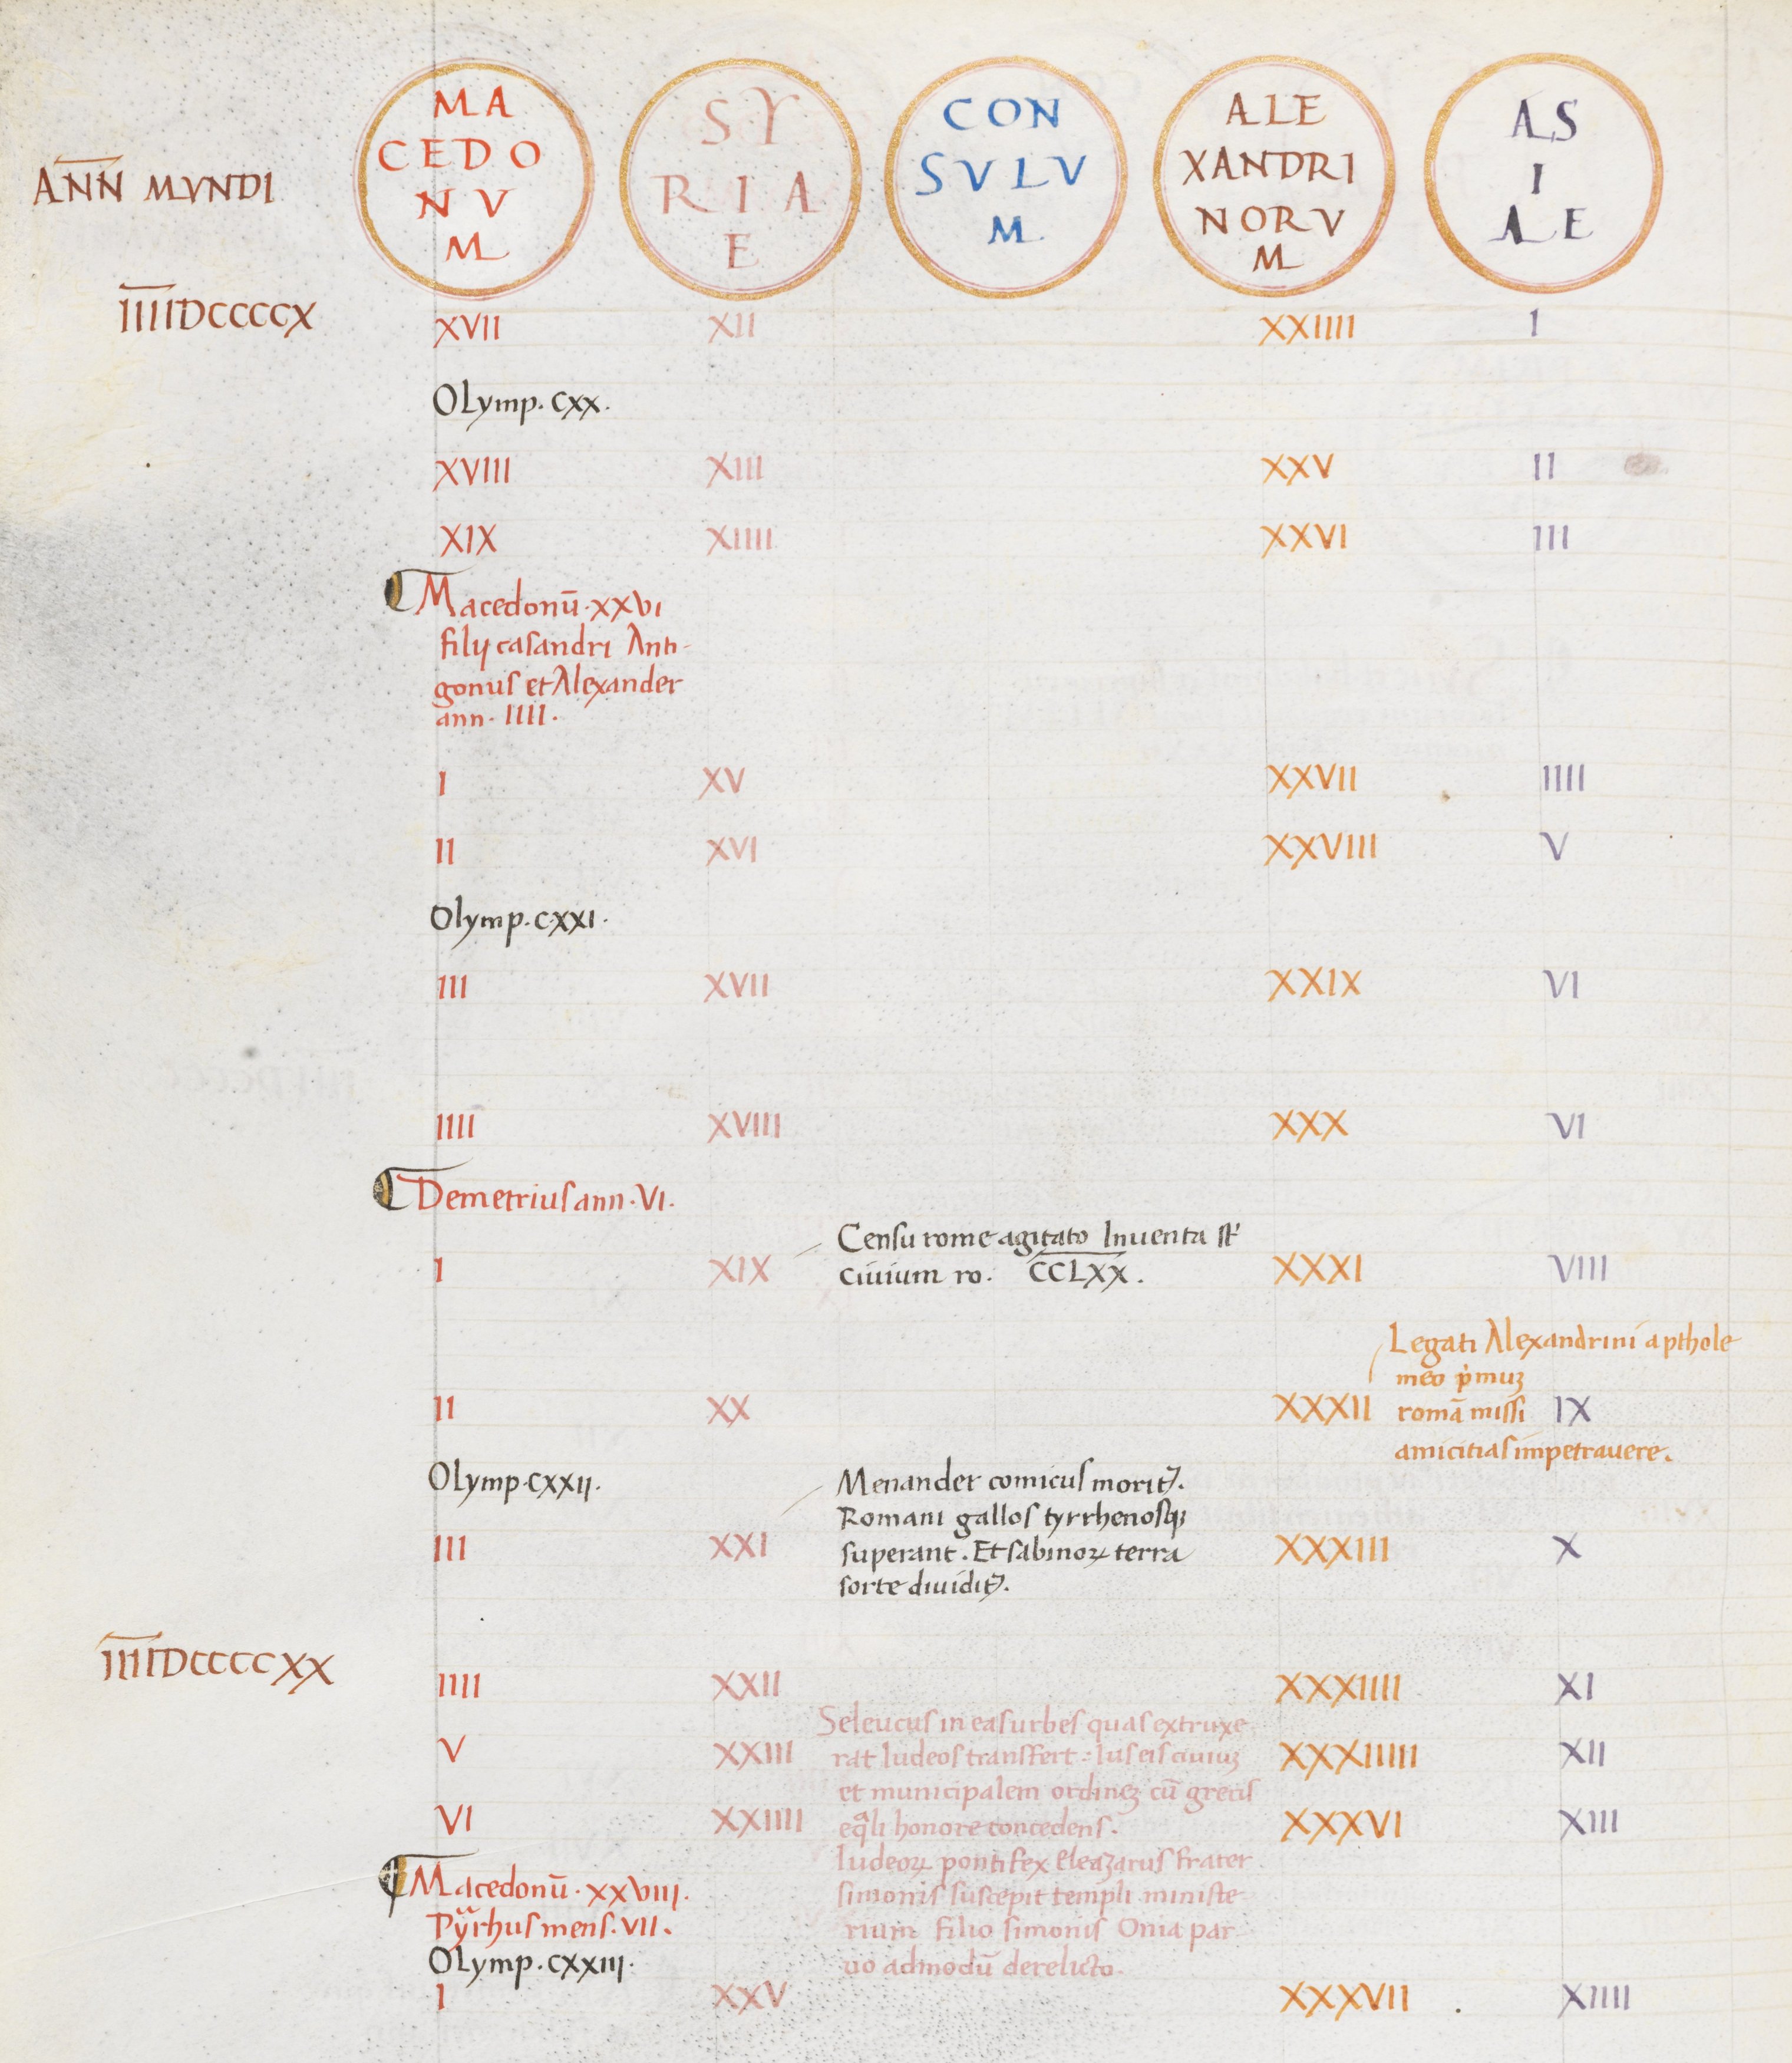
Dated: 1465–1495